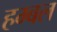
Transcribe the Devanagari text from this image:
हम्बल